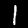
Digit: 1